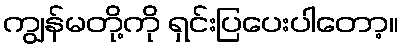
ကျွန်မတို့ကို ရှင်းပြပေးပါတော့။